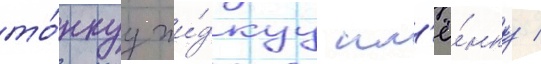
то́нкуу жи́дкуу пл'ё́нку /